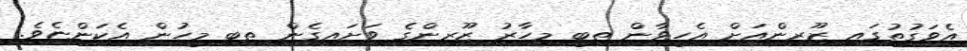
އެވަގުތުގައި ޒޫރިންއަށް އެހީވާން ތިބީ މިހާރު ޒޫރިންގެ ވަށައިގެން ތިބި މީހުން އެކަންޏެވެ.